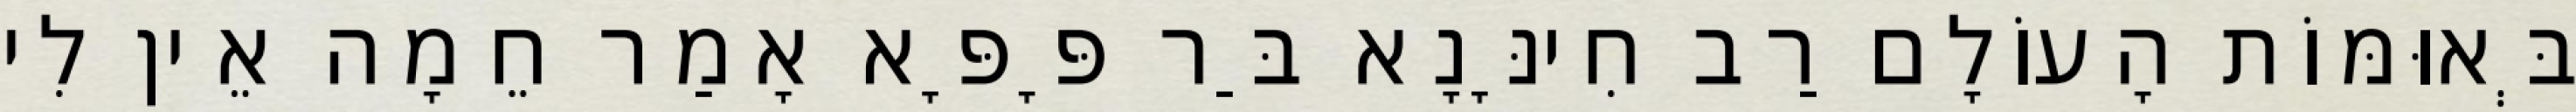
בְּאוּמּוֹת הָעוֹלָם רַב חִינָּנָא בַּר פָּפָּא אָמַר חֵמָה אֵין לִי